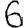
Digit: 6